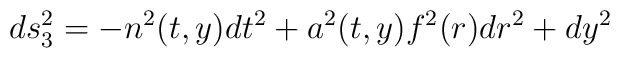
ds_3^2=-n^2(t,y)dt^2+a^2(t,y)f^2(r)dr^2+dy^2